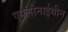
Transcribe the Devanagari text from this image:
एफ्लोनाईथीन